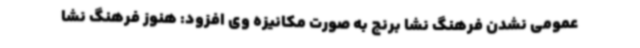
عمومی نشدن فرهنگ نشا برنج به صورت مکانیزه وی افزود: هنوز فرهنگ نشا